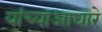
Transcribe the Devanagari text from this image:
यांच्याआधारे